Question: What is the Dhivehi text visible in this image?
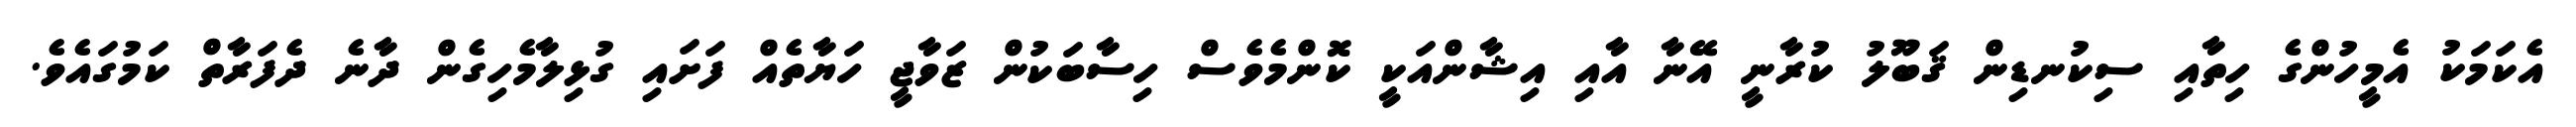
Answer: އެކަމަކު އެމީހުންގެ ހިތާއި ސިކުނޑިން ޤަބޫލު ކުރާނީ އޭނާ އާއި އިޝާންއަކީ ކޮންމެވެސް ހިސާބަކުން ޒަވާޖީ ހަޔާތެއް ފަށައި ގުޅިލާމެހިގެން ދާނެ ދެފަރާތް ކަމުގައެވެ.